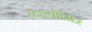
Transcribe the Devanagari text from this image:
स्लावोमिर